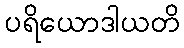
ပရိယောဒါယတိ